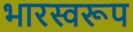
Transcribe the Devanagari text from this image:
भारस्वरूप